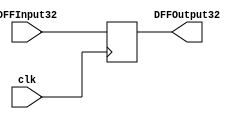
`timescale 1ns / 1ps
//////////////////////////////////////////////////////////////////////////////////
// Sam Bolduc and Aryan Mehrotra
// 
// Module Name: DFF32
// Project Name: Assignment 4
//////////////////////////////////////////////////////////////////////////////////


module DFF32(DFFInput32, DFFOutput32, clk);
    input[31:0] DFFInput32;
    output reg[31:0] DFFOutput32;
    input clk;

    always @(posedge clk) begin 
       DFFOutput32 = DFFInput32; 
    end
endmodule